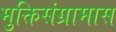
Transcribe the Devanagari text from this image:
मुक्तिसंग्रामास